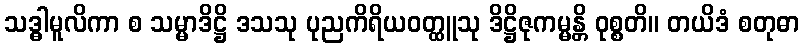
သဒ္ဓါမူလိကာ စ သမ္မာဒိဋ္ဌိ ဒသသု ပုညကိရိယဝတ္ထူသု ဒိဋ္ဌိဇုကမ္မန္တိ ဝုစ္စတိ။ တယိဒံ စတုဓာ